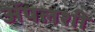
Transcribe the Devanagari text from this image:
अॅपलशी